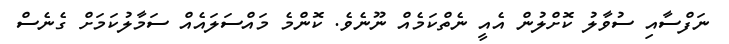
ނަފްސާއި ސުވާލު ކޮށްލުން އެއީ ނެތްކަމެއް ނޫނެވެ. ކޮންމެ މައްސަލައެއް ސަމާލުކަމަށް ގެނެސް